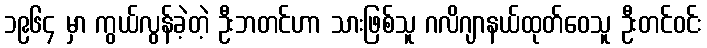
၁၉၆၄ မှာ ကွယ်လွန်ခဲ့တဲ့ ဦးဘတင်ဟာ သားဖြစ်သူ ဂလိဂျာနယ်ထုတ်ဝေသူ ဦးတင်ဝင်း